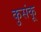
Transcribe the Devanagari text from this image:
कुसंकू